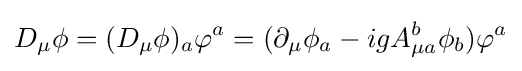
D_{\mu }\phi =(D_{\mu }\phi )_{a}\varphi ^{a}=(\partial _{\mu }\phi _{a}-igA_{\mu a}^{b}\phi _{b})\varphi ^{a}